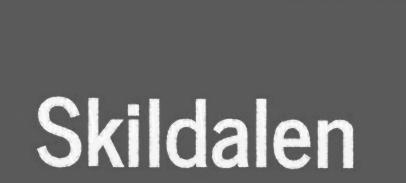
Skildalen